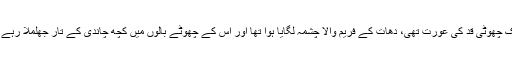
وہ ایک چھوٹی قد کی عورت تھی، دھات کے فریم والا چشمہ لگایا ہوا تھا اور اس کے چھوٹے بالوں میں کچھ چاندی کے تار جھلملا رہے تھے۔